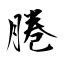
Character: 腃